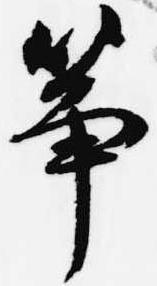
筝